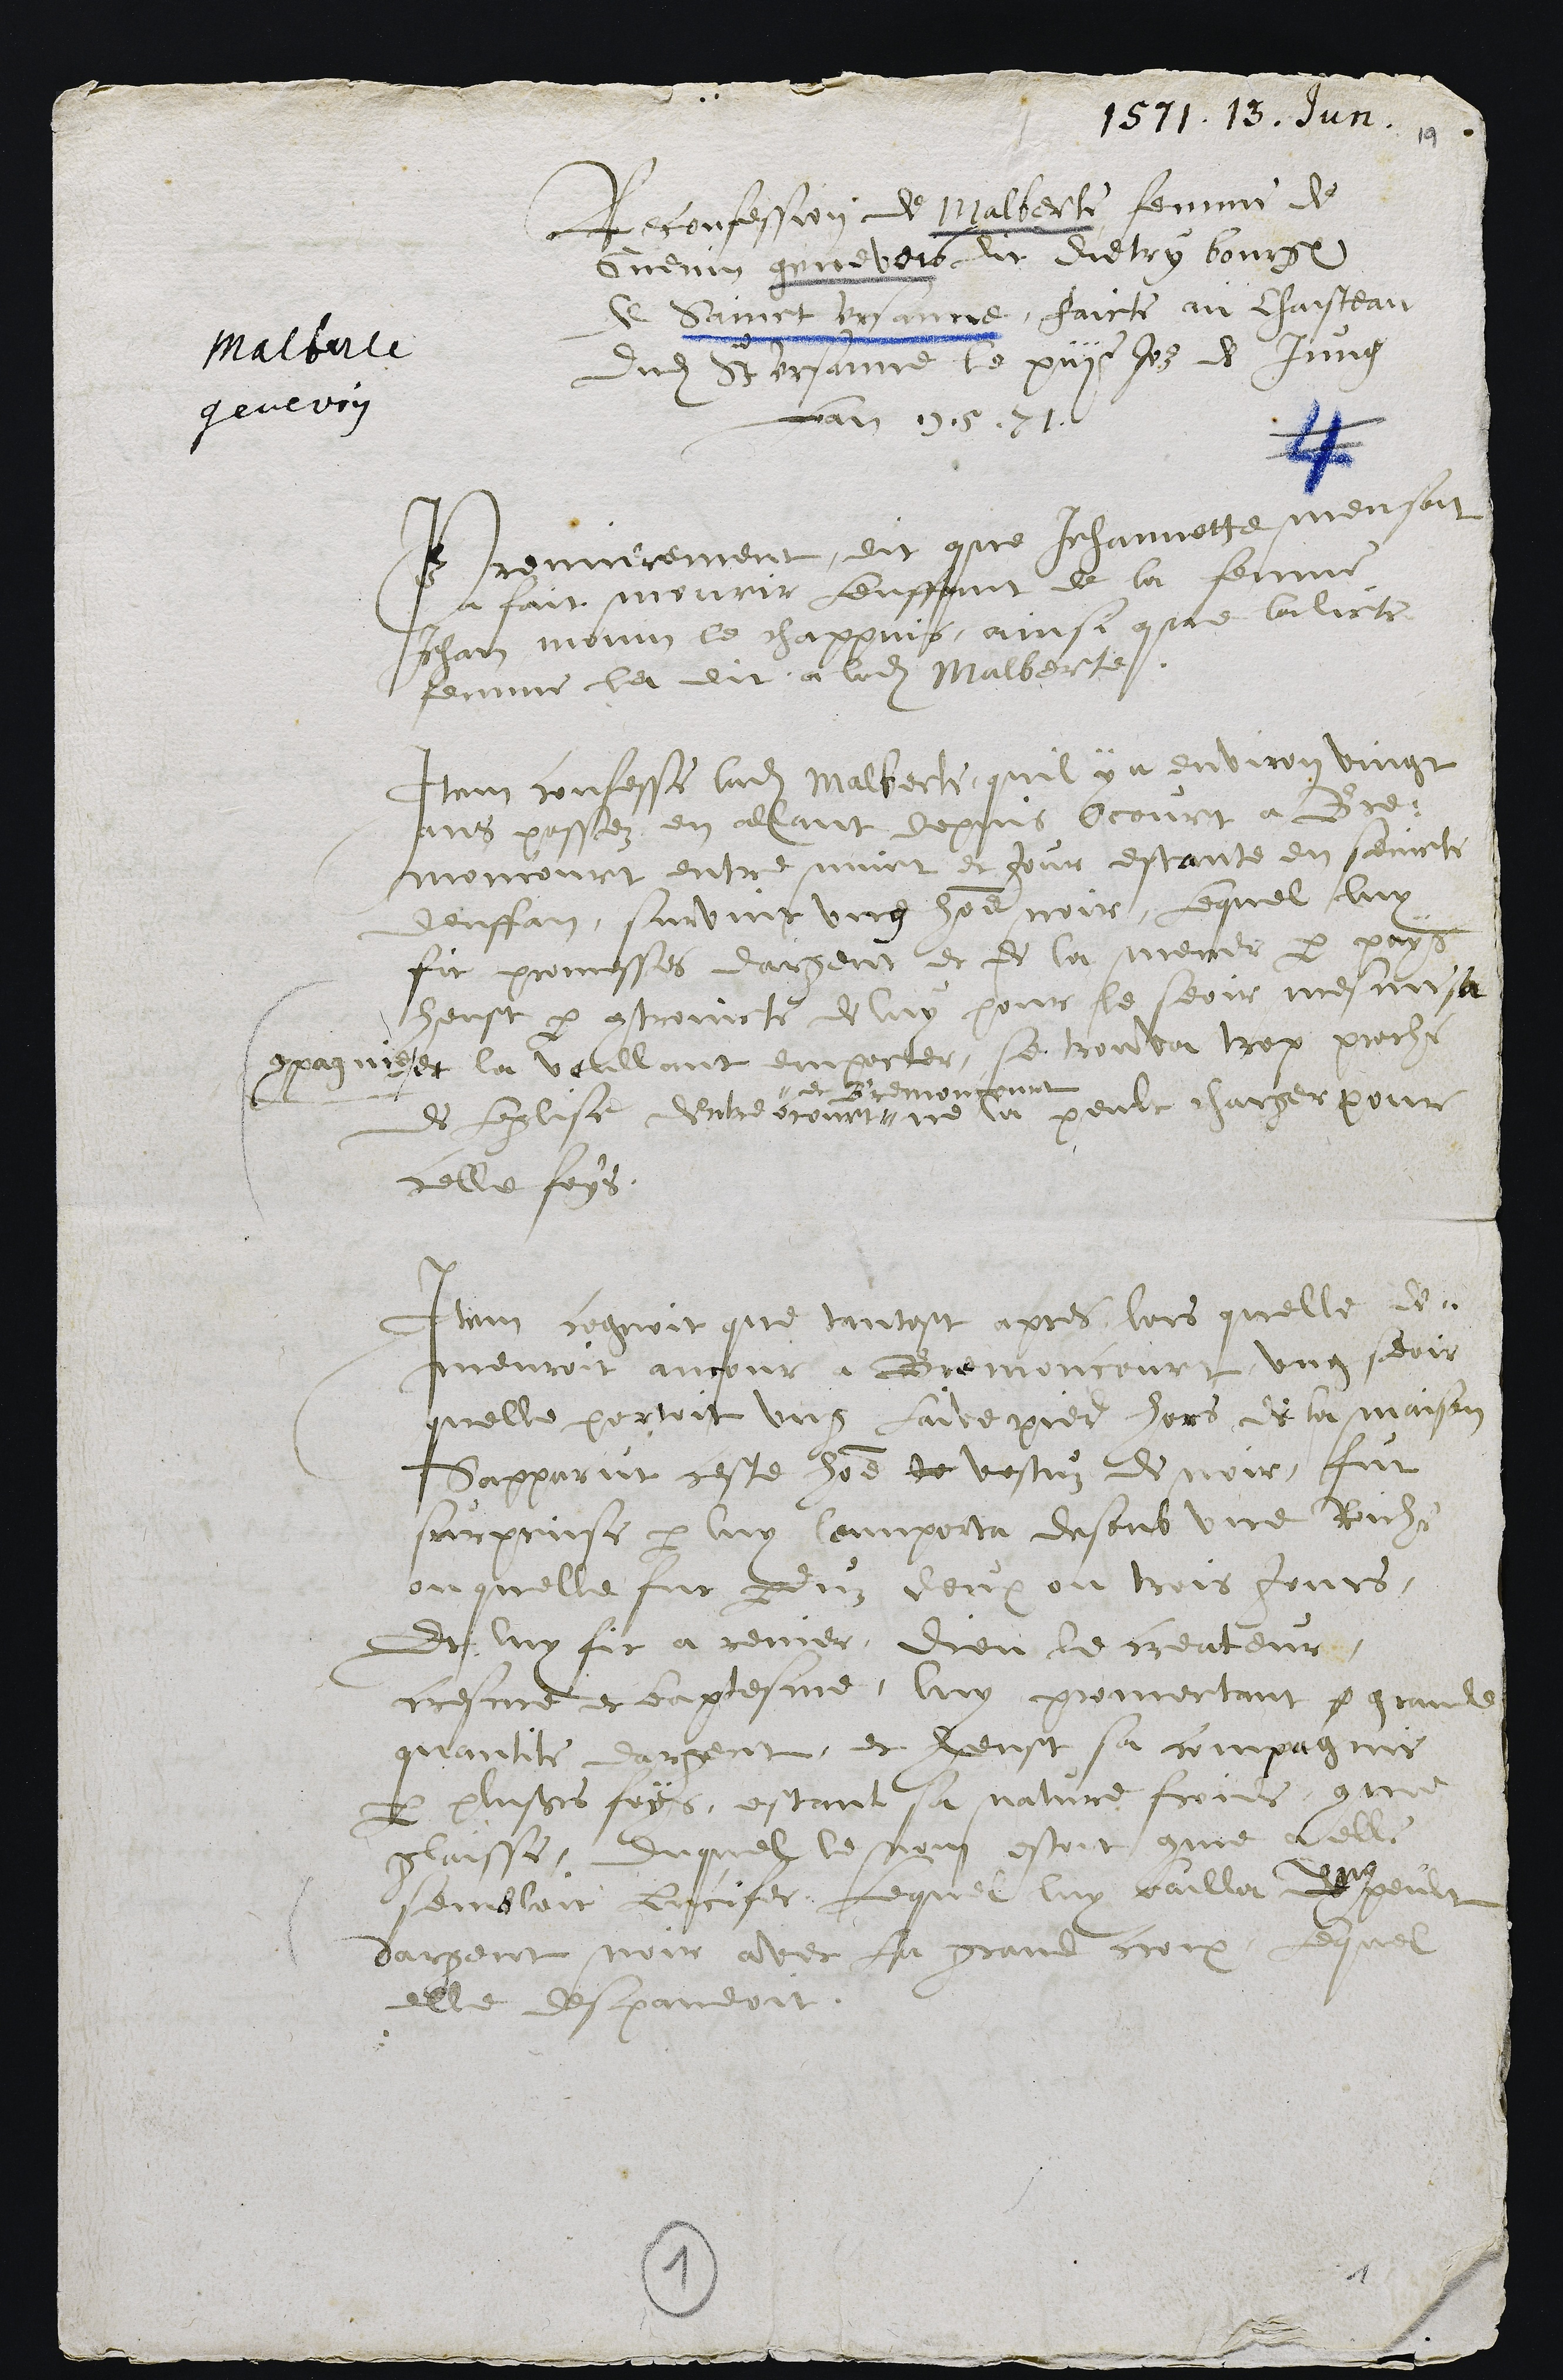
1571. 13. Jun.
Malberte
genevoy
Reconfession de Malberte femme de
Guenin genevois dit Dietry bourgeois
de Sainct Ursanne, faicte au chaisteau
dudit Sainct Ursanne le xiiie Jour de Jung
Lan 1571
Premierement, dit que Jehannette Meusy
a fait mourir Lenffant de la femme
Jehan monin le chappuis ainsi que ladicte
femme la dit a ladite Malberte.
Item confesse ladite Malberte quil y a environ vingt
ans passez en allant depuis Ocourt a Bre-
moncourt entre nuict et Jour estante en seincte
denffan, survint ung homme noir, Lequel luy
fit promesses dargent et de la mener par pays
heust par controincte de luy pour le seoir mesme sa
compagnie et la voullant emporter, se trouva trop proche
de Leglise dentre Ocourt
et Bremoncourt
ne la peult charger pour
celle foys.
Item cognoit que tantost apres lors quelle de-
meuroit ancour à Bremoncourt ung seoir
quelle portoit ung Laive pied hors de la maison
Sapparut ceste homme je vestuz de noir, fut
surprinse par luy lemporta desoub une Roiche
ou quelle fut perduz deux ou trois Jours
Et luy fit a renier dieu le createur,
cresme et baptesme, luy promectant p grande
quantite dargent, et heust sa compagnie
par plusieurs foys, estant sa nature froide comme
glaisse, duquel le nom estoit comme a elle
sembloit Lucifer Lequel luy bailla ung peult
dargent noir avec La grand croix, Lequel
elle despandoit.